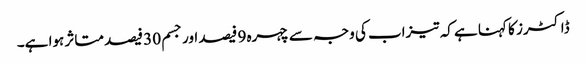
ڈاکٹرز کا کہنا ہے کہ تیزاب کی وجہ سے چہرہ 9 فیصد اور جسم 30 فیصد متاثر ہوا ہے۔